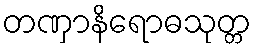
တဏှာနိရောဓသုတ္တ